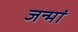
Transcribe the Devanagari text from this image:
जन्मां